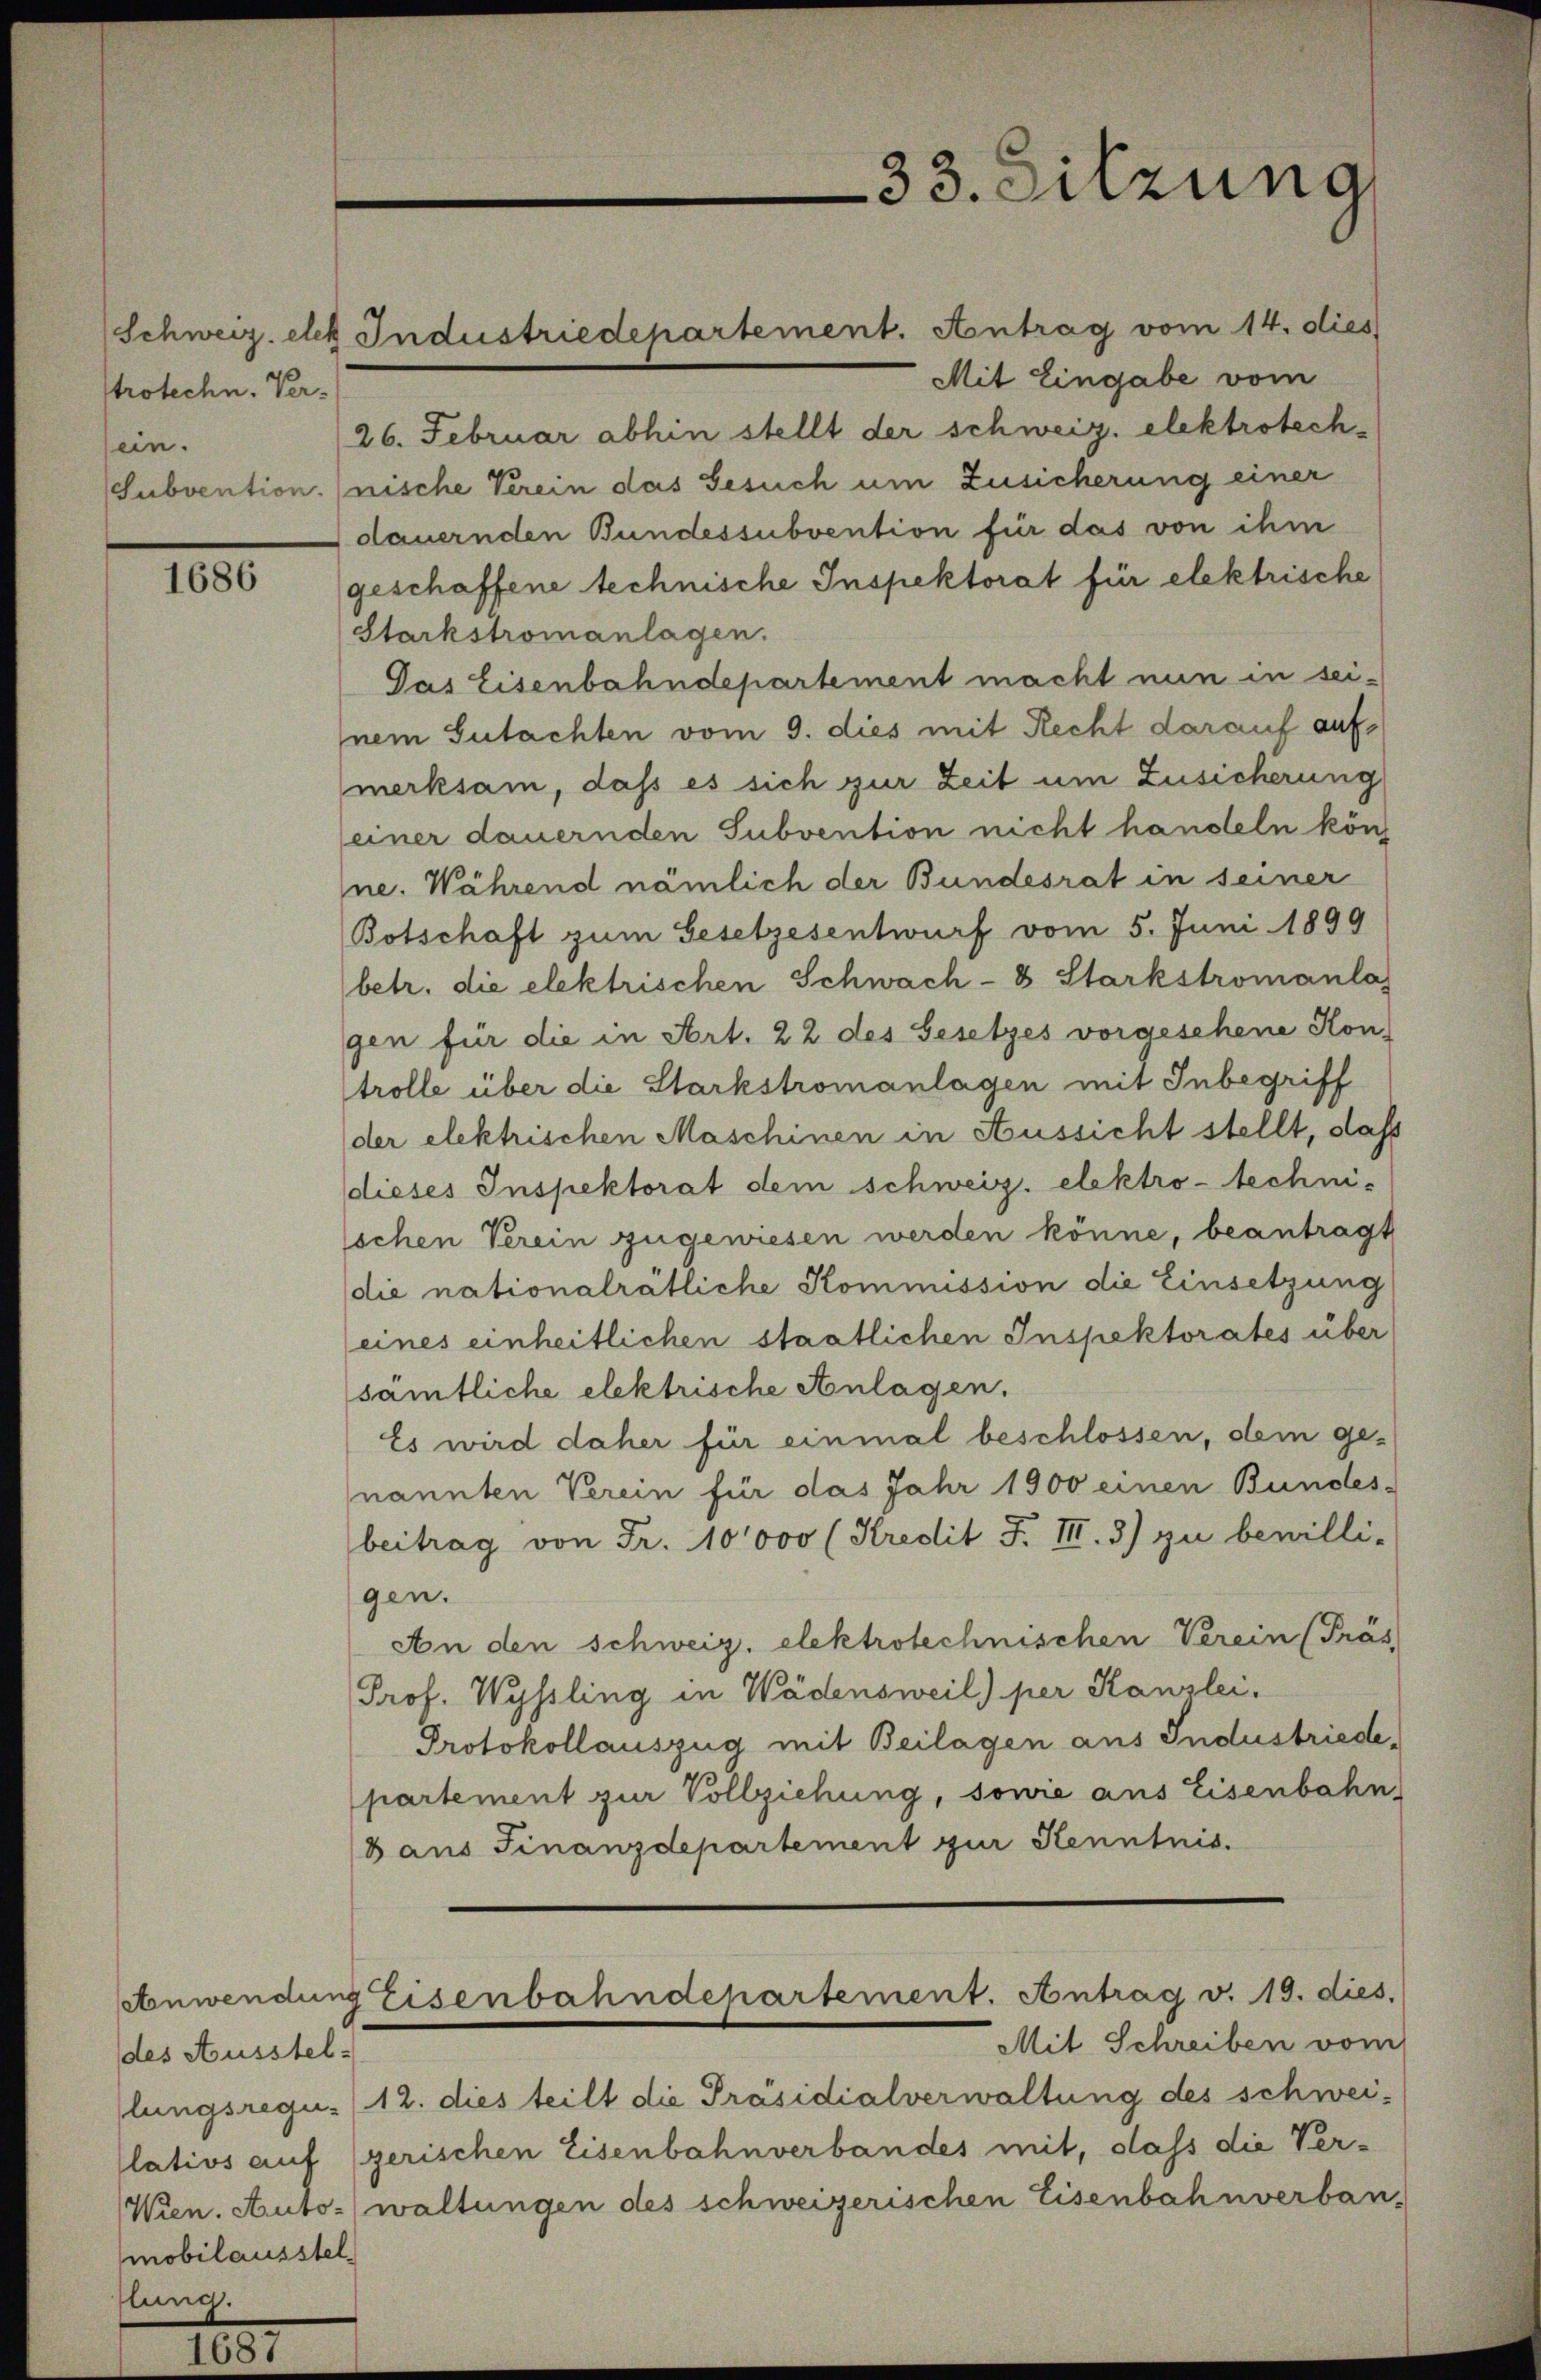
Protechn. Versein.

1686

des Ausstel-
mobilausstel
flung.

Schweiz. ehe Industriedepartement. Antrag vom 14. dies

Mit Eingabe vom
26. Februar abhin stellt der schweiz. elektrotech¬
Subvention. (nische Verein das Gesuch um Zusicherung einer
dauernden Bundessubvention für das von ihm
geschaffene technische Inspektorat für elektrische
Starkstromanlagen.
Gas Eisenbahndepartement macht nun in seinem Gutachten vom 9. dies mit Recht darauf aufmerksam, dass es sich zur Zeit um Zusicherung
einer dauernden Subvention nicht handeln kön
ne. Während nämlich der Bundesrat in seiner
Botschaft zum Gesetzesentwurf vom 5. Juni 1899
betr. die elektrischen Schwach- & Starkstromanlas
gen für die in Art. 22 des Gesetzes vorgesehene Kon-
trolle über die Starkstromanlagen mit Inbegriff
der elektrischen Maschinen in Aussicht stellt, daß
dieses Inspektorat dem schweiz. elektro-technischen Verein zugewiesen werden könne, beantragt
die nationalrätliche Kommission die Einsetzung
eines einheitlichen staatlichen Inspektorates über
sämtliche elektrische Anlagen.
Es wird daher für einmal beschlossen, dem genannten Verein für das Jahr 1900 einen Bundes-
beitrag von Fr. 10000 (Kredit F. III. 3) zu bewilli-
gen.
An den Schweiz. elektrotechnischen Verein (Präs
Prof. Wyssling in Wädensweil) per Kanzlei,
Protokollauszug mit Beilagen aus Industriedepartement zur Vollziehung, sowie aus Eisenbahn,
B aus Finanzdepartement zur Kenntnis.
Anwendung Eisenbahndepartement. Antrag v. 19. dies.
Mit Schreiben vom
lungsrequ. /12. dies teilt die Präsidialverwaltung des schwei-
lativs auf (gerischen Eisenbahnverbandes mit, dass die Ver-
Wien. Auto-waltungen des schweizerischen Eisenbahnverban-

33. Sitzung